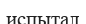
испытал